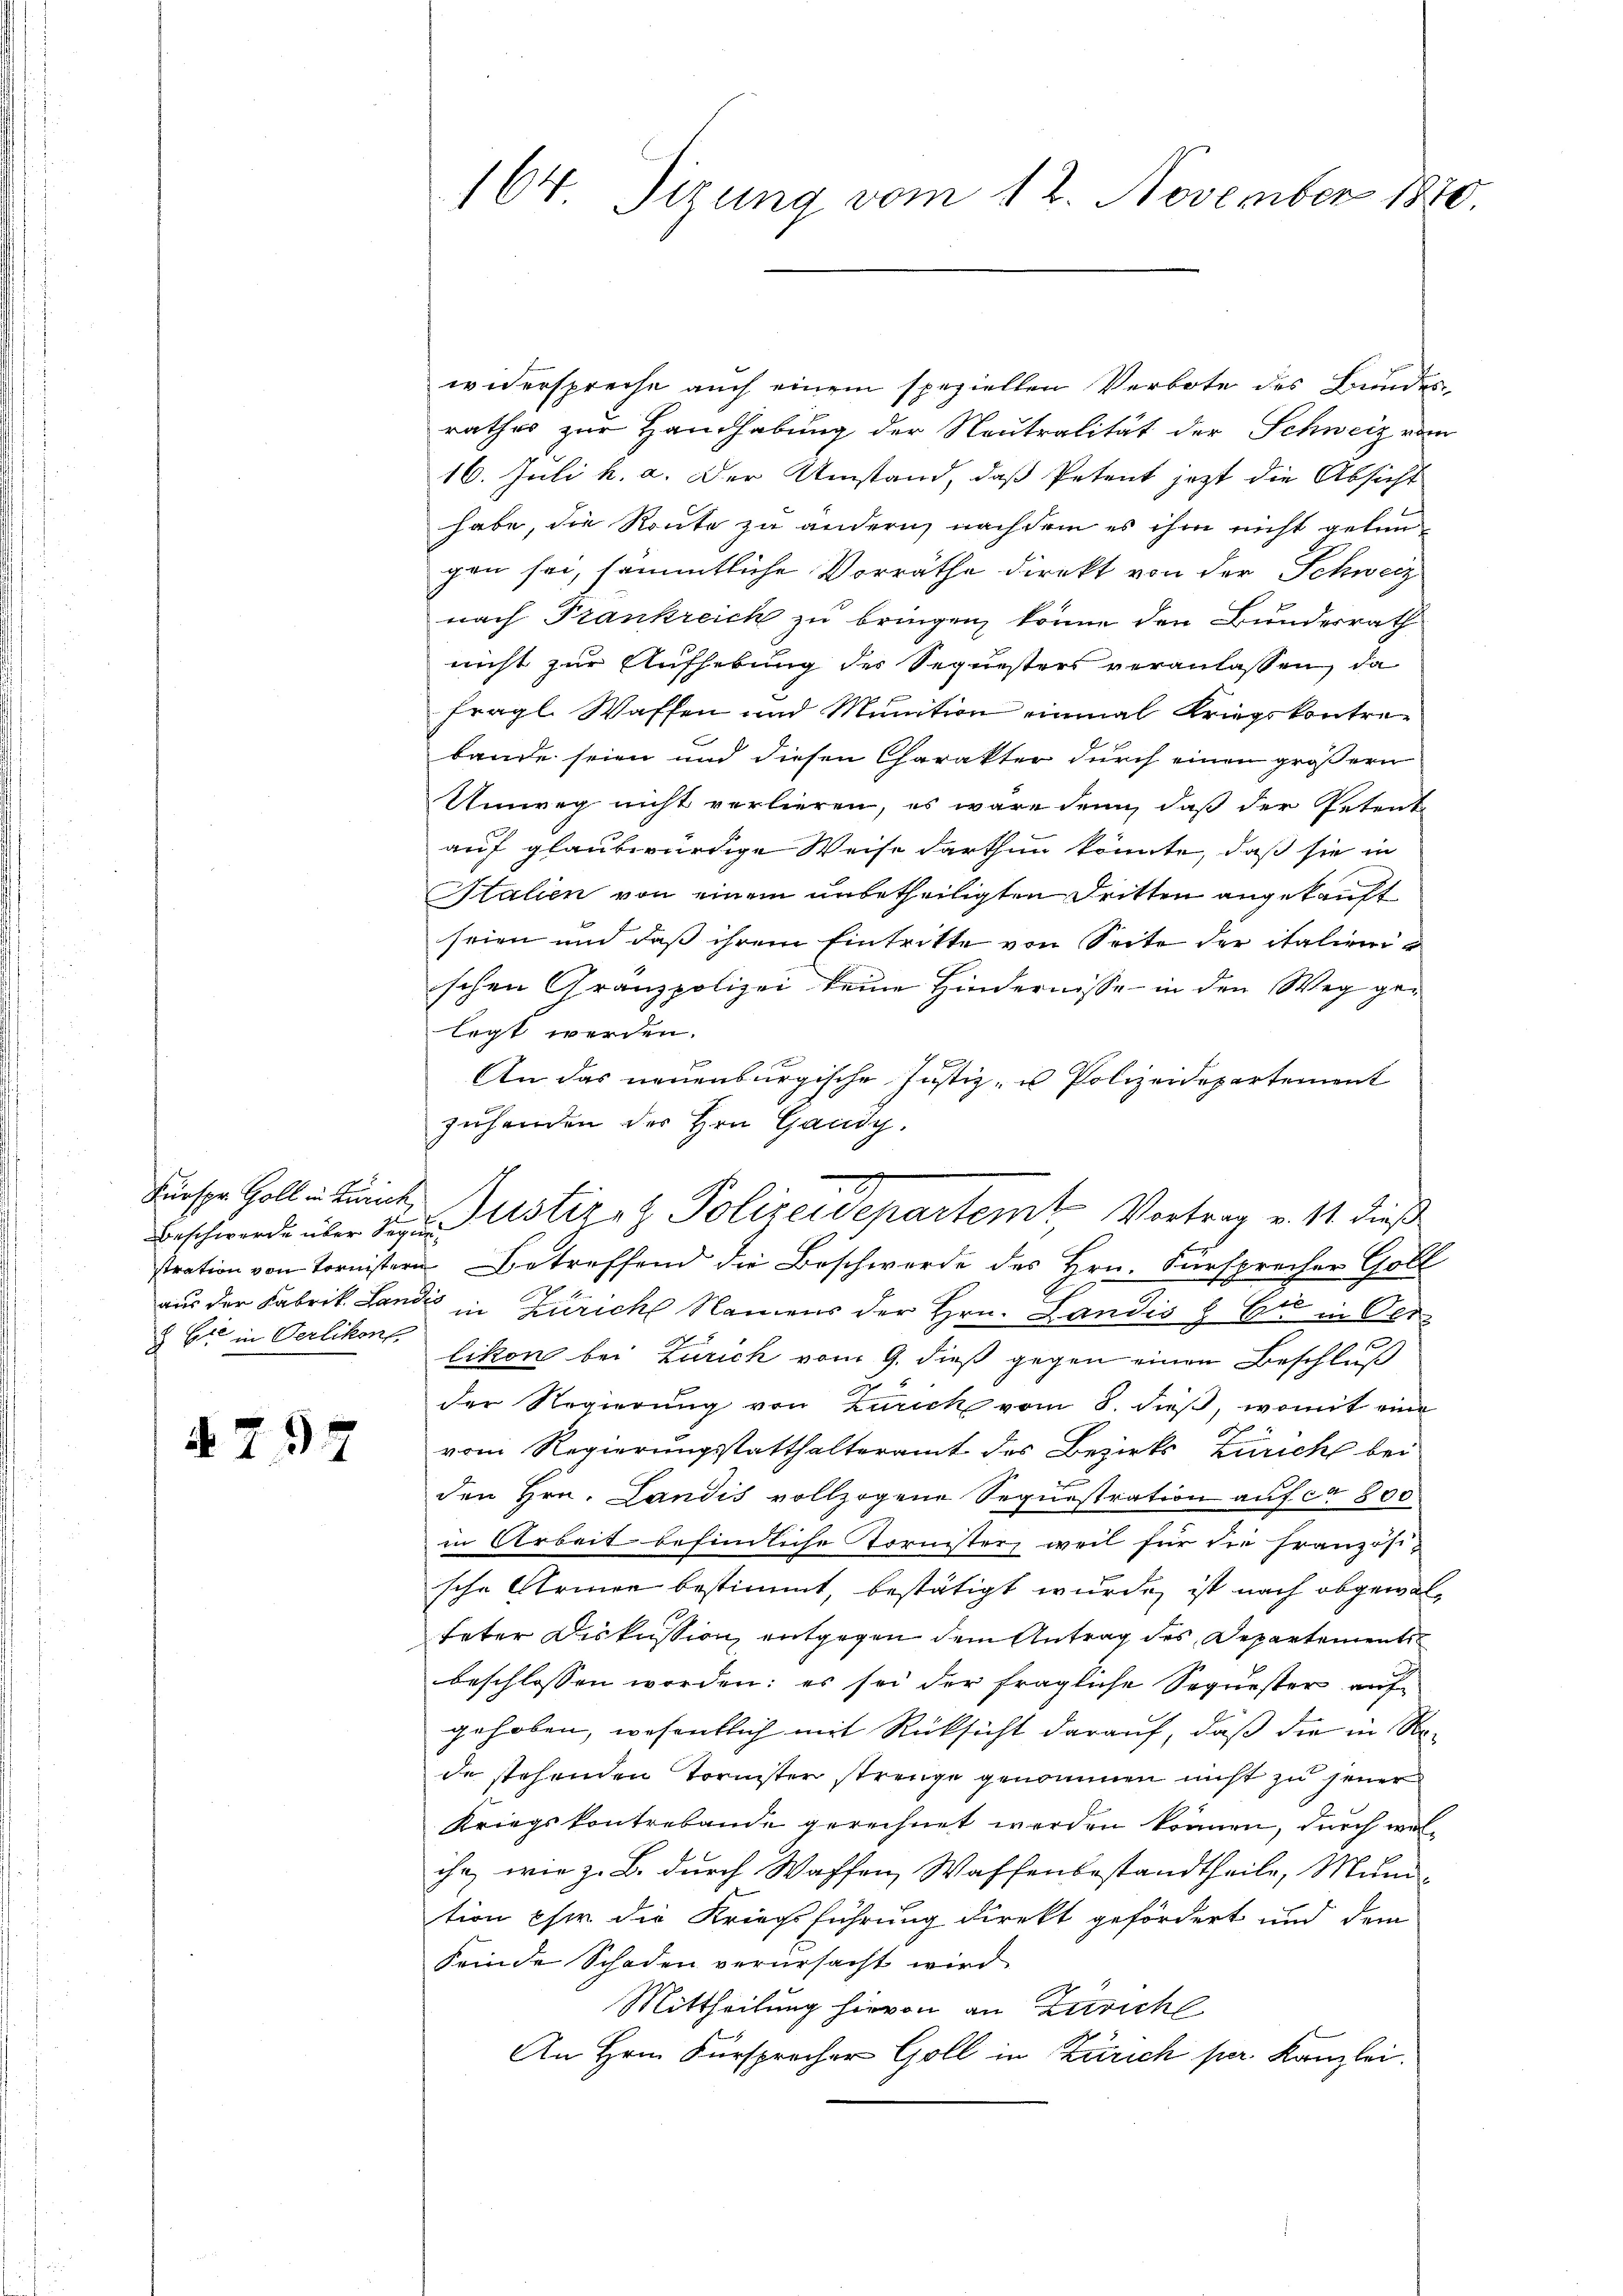
Fürspr. Goll in Zürich,
& Cie in Oerlikon

N 797

164 Sizung vom 12. November 1870.

widerspreche auch einem speziellen Verbote des Bundesrathes zur Handhabung der Neutralität der Schweiz vom
16. Juli h. a. Der Umstand, daß Petent jetzt die Absicht
habe, die Route zu ändern, nachdem es ihm nicht gelangen sei, sämmtliche Vorräthe direkt von der Schweiz
nach Frankreich zu bringen, könne den Bundesrath
nicht zur Aufhebung des Sequesters veranlassen, da
fragl. Waffen und Munition einmal Kriegskontrebande seien und diesen Charakter durch einen größern
Umweg nicht verlieren, es wäre denn, daß der Petent-
auf glaubwürdige Weise darthun könnte, daß sie in
Italien von einem unbetheiligten Dritten angekauft
seien und daß ihrem Eintritte von Seite der italienischen Gränzpolizei keine Hindernisse in den Weg gelegt werden.

An das neuenburgische Justiz- u Polizeidepartement
zuhanden des Hrn. Gandy.
stration von Tornistern Betreffend die Beschwerde des Hrn. Fürsprecher Goll
aus der Fabrik Landis in Zürich Namens der Hrn. Landis & Cie in Oerlikon bei Zürich vom 9. dieß gegen einen Beschluß
c
der Regierung von Zürich vom 8. dieß, womit eine
vom Regierungsstatthalteramt des Bezirks Züricht bei
den Hrn. Landis vollzogene Sequestration auf ca 800
in Arbeit befindliche Tornister, weil für die Französische Armen bestimmt, bestätigt wurde, ist nach abgewalteter Diskussion entgegen dem Antrag des Departements
beschlossen worden: es sei der fragliche Sequester aufgehoben, wesentlich mit Rücksicht darauf, daß die in Rede stehenden Tornister strenge genommen nicht zu jener
Kriegskontrebande gerechnet werden können, durch welihr, wie z. B. durch Waffen, Waffenbestandtheile, Munition eher die Kriegsführung direkt gefördert und dem
Feinde Schaden verursacht wird.
Mittheilung hievon an Zürich
An Hrn. Fürsprocher Goll in Zürich per Kanzlei.

Beschwerde über den Justizez Polizeidepartemt, Vortrag v. 11. dieß